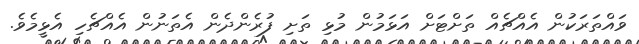
ވައްތަރަކުން އެއްޗެއް ތަށްޓަށް އަޅަމުން މުޅި ތަށި ފުރެންދެން އެތަނުން އެއްޗެހި އެޅީމެވެ.